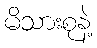
မိသားစုနဲ့